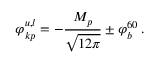
\varphi _ { k p } ^ { u , l } = - \frac { M _ { p } } { \sqrt { 1 2 \pi } } \pm \varphi _ { b } ^ { 6 0 } \, .